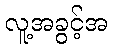
လူ့အခွင့်အ